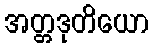
အတ္တဒုတိယော